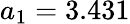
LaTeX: a_{1}=3.431